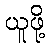
ယူဖို့